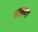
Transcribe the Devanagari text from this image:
मासादा